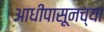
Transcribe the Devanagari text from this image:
आधीपासूनच्या